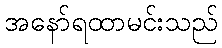
အနော်ရထာမင်းသည်